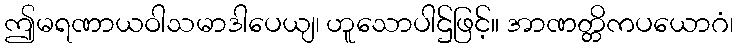
ဤမရဏာယဝါသမာဒါပေယျ၊ ဟူသောပါဌ်ဖြင့်။ အာဏတ္တိကပယောဂံ၊